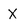
Character: X